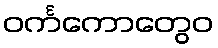
ဝင်္ကကောတွေဝ